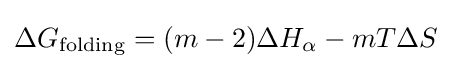
\Delta G_{\text{folding}}=(m-2)\Delta H_{\alpha }-mT\Delta S